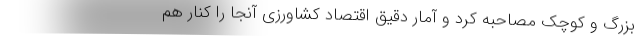
بزرگ و کوچک مصاحبه کرد و آمار دقیق اقتصاد کشاورزی آنجا را کنار هم